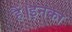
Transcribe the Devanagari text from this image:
हैं।इनका